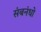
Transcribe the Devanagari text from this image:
संबनंधो